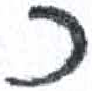
אות: כ